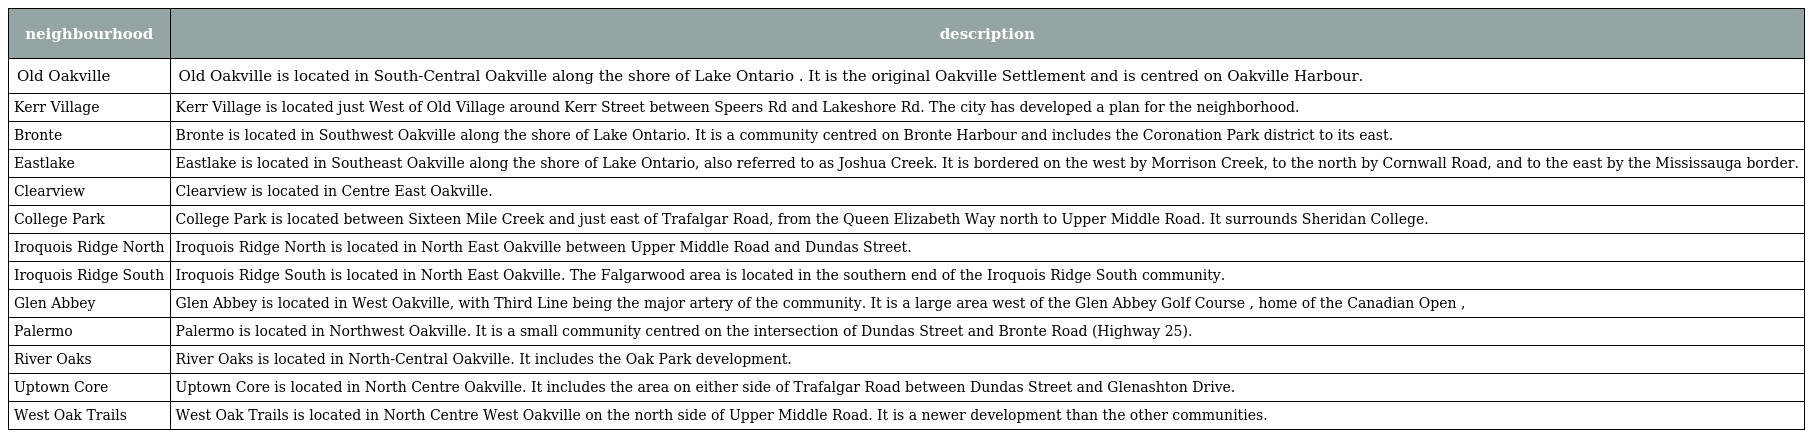
| neighbourhood | description |
 | --- | --- |
 | Old Oakville | Old Oakville is located in South-Central Oakville along the shore of Lake Ontario . It is the original Oakville Settlement and is centred on Oakville Harbour. |
 | Kerr Village | Kerr Village is located just West of Old Village around Kerr Street between Speers Rd and Lakeshore Rd. The city has developed a plan for the neighborhood. |
 | Bronte | Bronte is located in Southwest Oakville along the shore of Lake Ontario. It is a community centred on Bronte Harbour and includes the Coronation Park district to its east. |
 | Eastlake | Eastlake is located in Southeast Oakville along the shore of Lake Ontario, also referred to as Joshua Creek. It is bordered on the west by Morrison Creek, to the north by Cornwall Road, and to the east by the Mississauga border. |
 | Clearview | Clearview is located in Centre East Oakville. |
 | College Park | College Park is located between Sixteen Mile Creek and just east of Trafalgar Road, from the Queen Elizabeth Way north to Upper Middle Road. It surrounds Sheridan College. |
 | Iroquois Ridge North | Iroquois Ridge North is located in North East Oakville between Upper Middle Road and Dundas Street. |
 | Iroquois Ridge South | Iroquois Ridge South is located in North East Oakville. The Falgarwood area is located in the southern end of the Iroquois Ridge South community. |
 | Glen Abbey | Glen Abbey is located in West Oakville, with Third Line being the major artery of the community. It is a large area west of the Glen Abbey Golf Course , home of the Canadian Open , |
 | Palermo | Palermo is located in Northwest Oakville. It is a small community centred on the intersection of Dundas Street and Bronte Road (Highway 25). |
 | River Oaks | River Oaks is located in North-Central Oakville. It includes the Oak Park development. |
 | Uptown Core | Uptown Core is located in North Centre Oakville. It includes the area on either side of Trafalgar Road between Dundas Street and Glenashton Drive. |
 | West Oak Trails | West Oak Trails is located in North Centre West Oakville on the north side of Upper Middle Road. It is a newer development than the other communities. |